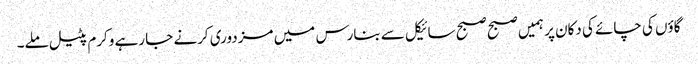
گاؤں کی چائے کی دکان پر ہمیں صبح صبح سائیکل سے بنارس میں مزدوری کرنے جا رہے وکرم پٹیل ملے۔